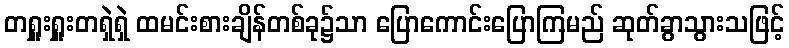
တရှူးရှူးတရှဲရှဲ ထမင်းစားချိန်တစ်ခု၌သာ ပြောကောင်းပြောကြမည် ဆုတ်ခွာသွားသဖြင့်